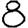
Digit: 8